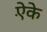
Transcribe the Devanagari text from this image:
ऐंके